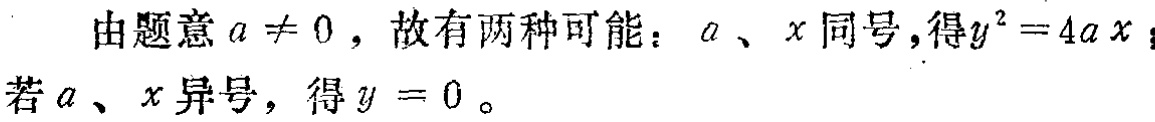
由题意 \(a \neq 0\)，故有两种可能：\(a\)、\(x\) 同号，得\(y^{2}=4ax\)；若 \(a\)、\(x\) 异号，得 \(y = 0\)。